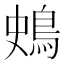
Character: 𪀎